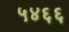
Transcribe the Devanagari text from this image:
५४६६